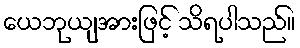
ယေဘုယျအားဖြင့် သိရပါသည်။